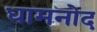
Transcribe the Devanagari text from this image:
धामनोद